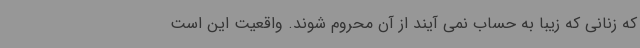
که زنانی که زیبا به حساب نمی آیند از آن محروم شوند. واقعیت این است